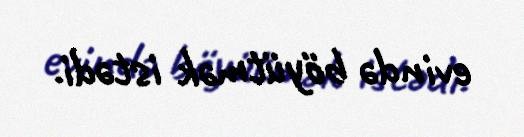
evində böyütmək istədi.